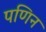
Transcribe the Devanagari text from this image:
पणिन